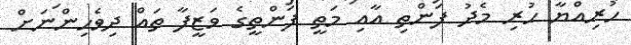
ހުރިއްޔާ ހުރި މެދު ފަންތި އާއި މަތީ ފަންތީގެ ވަޒީފާ ތައް ދިވެހިންނަށް